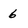
Character: 6